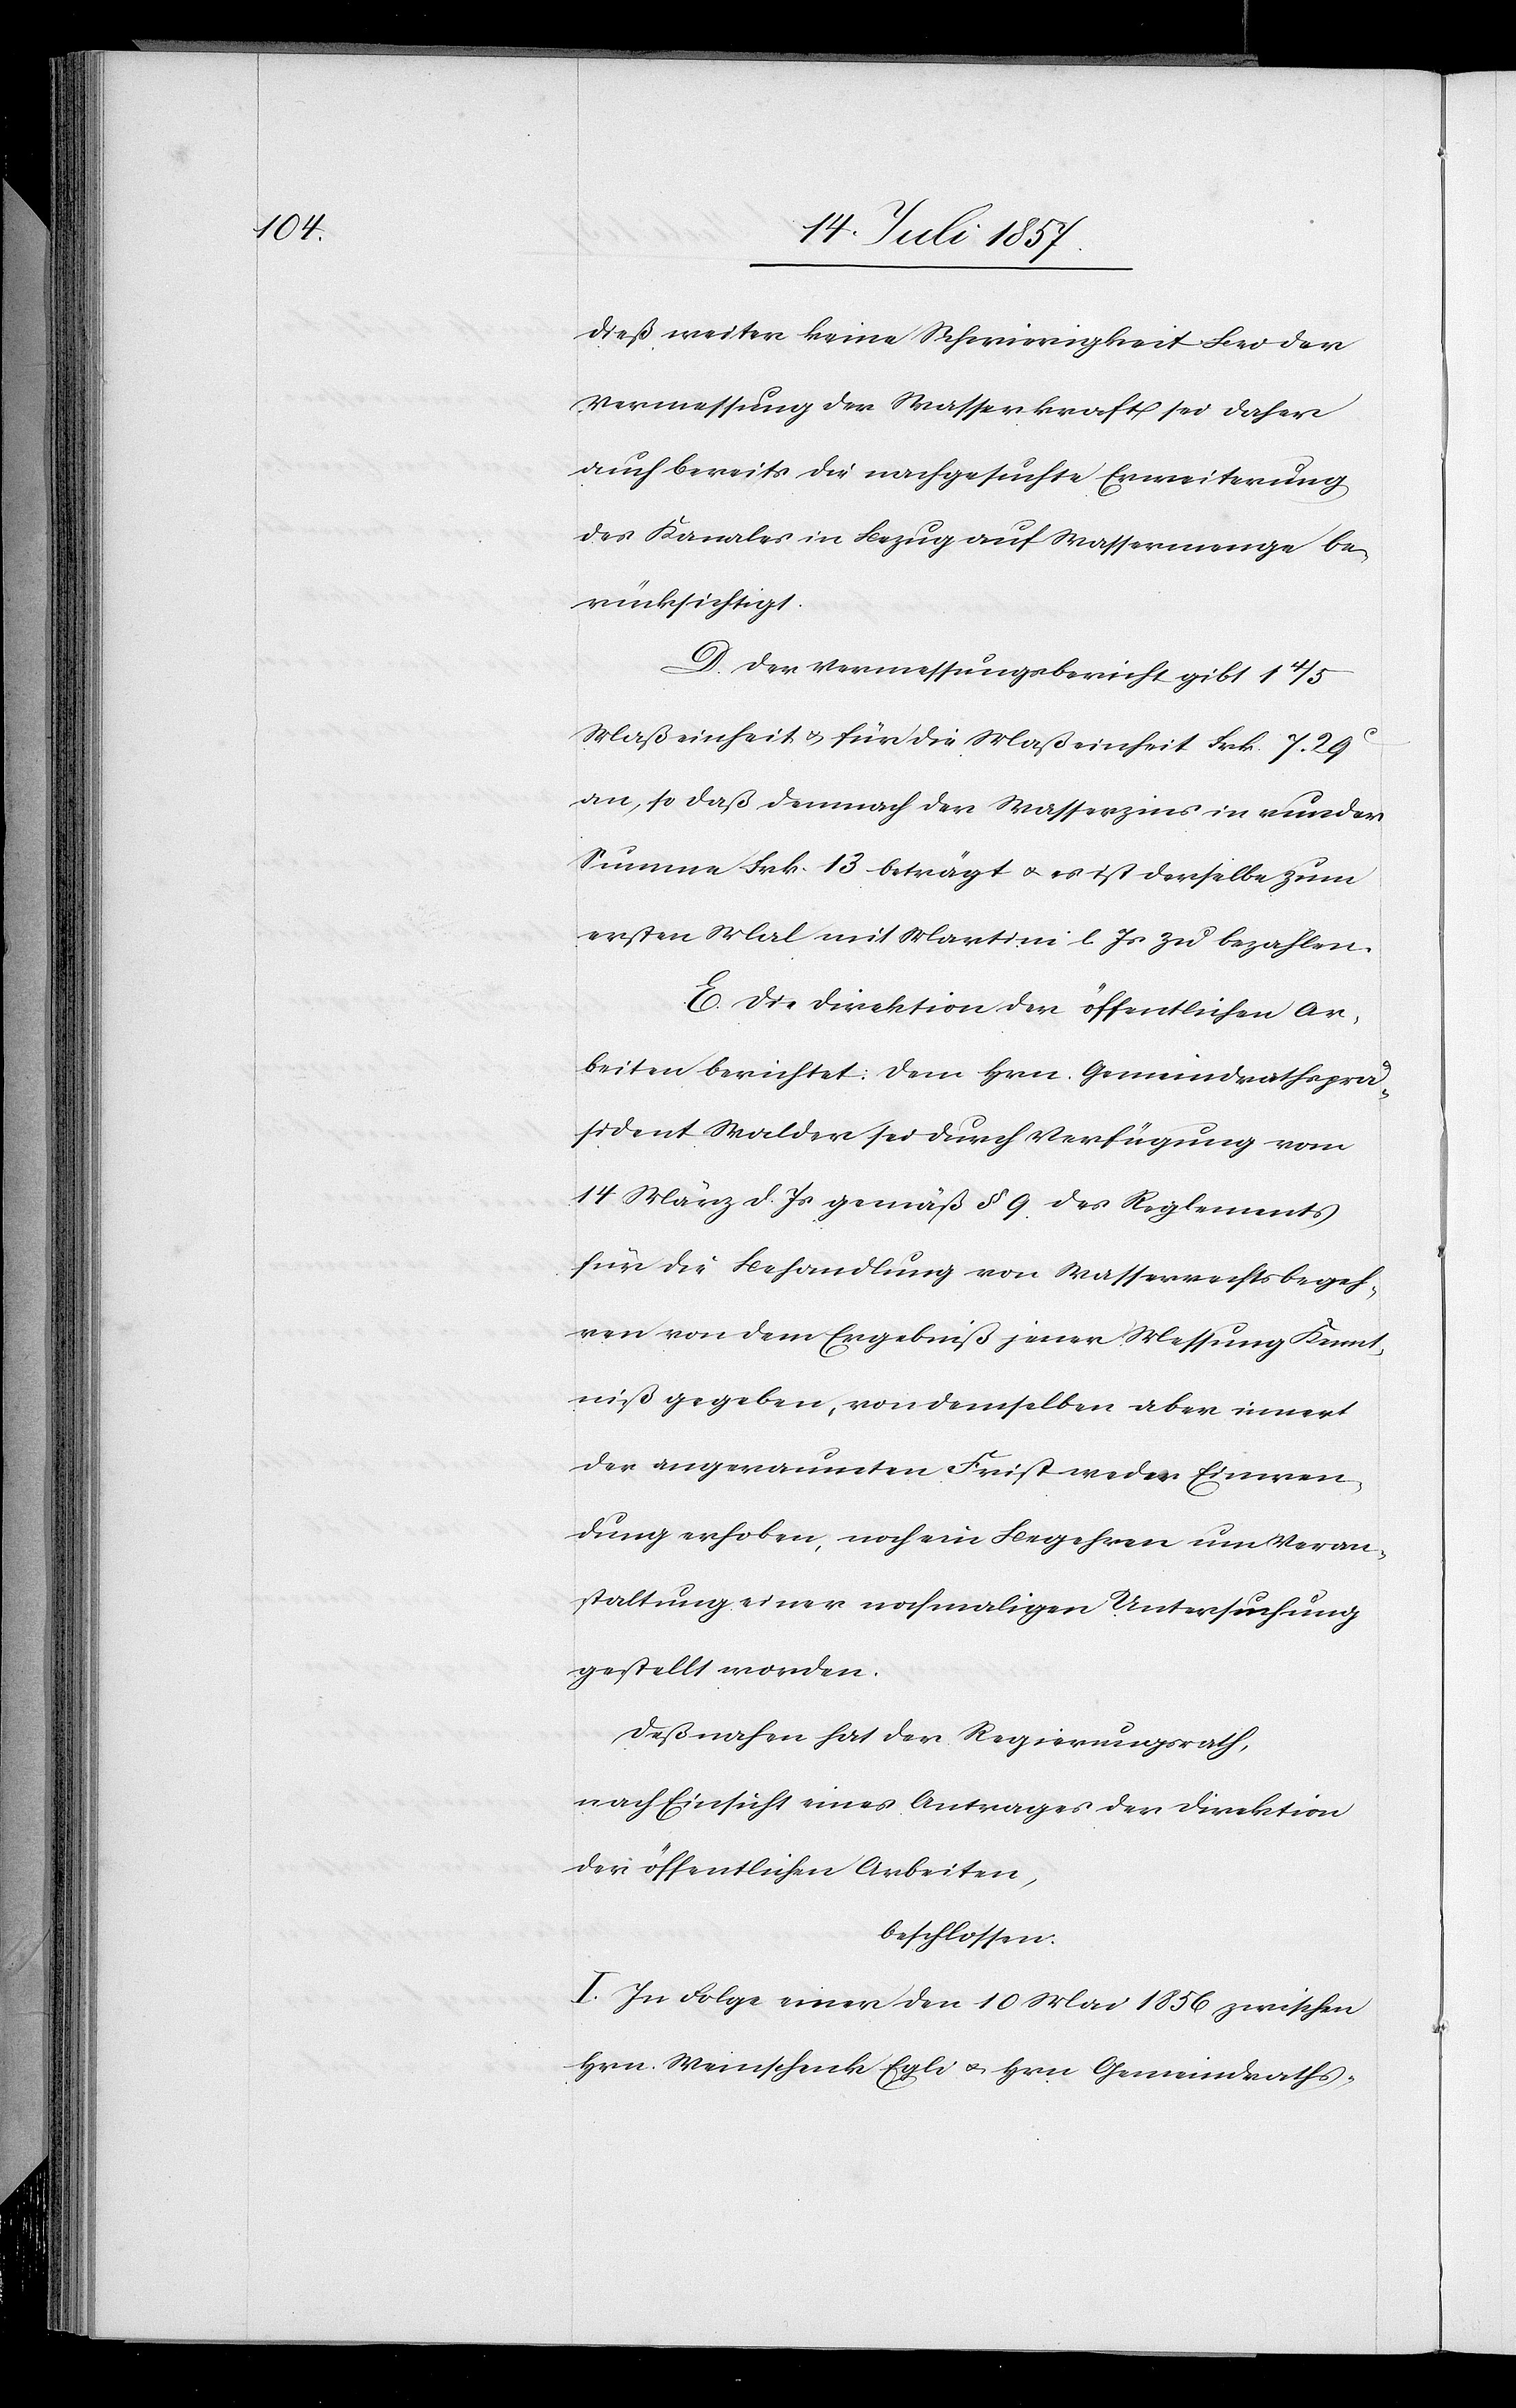
dieß weiter keine Schwierigkeit. Bei der
Vermessung der Wasserkraft sei daher
auch bereits die nachgesuchte Erweiterung
des Kanales in Bezug auf Wassermenge be¬
rücksichtigt.
D. Der Vermessungsbericht gibt 1 4/5
Masseinheit & für die Maßeinheit Frk. 7. 29c
an, so daß demnach der Wasserzins in runder
Summe Frk. 13 beträgt & es ist derselbe zum
ersten Mal mit Martini l. Js. zu bezahlen.
E. Die Direktion der öffentlichen Ar¬
beiten berichtet: Dem Hrn. Gemeindrathsprä¬
sident Walder sei durch Verfügung vom
14 März d. Js. gemäß § 9 des Reglements
für die Behandlung von Wasserrechtsbegeh¬
ren von dem Ergebniß jener Messung Kennt¬
niß gegeben, von demselben aber innert
der angeraumten Frist weder Einwen¬
dung erhoben, noch ein Begehren um Veran¬
staltung einer nochmaligen Untersuchung
gestellt worden.
Deßnahen hat der Regierungsrath,
nach Einsicht eines Antrages der Direktion
der öffentlichen Arbeiten,
beschlossen:
I. In Folge einer den 10 Mai 1856 zwischen
Hrn. Weinschenk Egli & Hrn Gemeindraths-